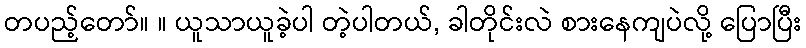
တပည့်တော်။ ။ ယူသာယူခဲ့ပါ တဲ့ပါတယ်, ခါတိုင်းလဲ စားနေကျပဲလို့ ပြောပြီး